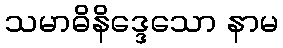
သမာဓိနိဒ္ဒေသော နာမ